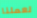
لعملنا